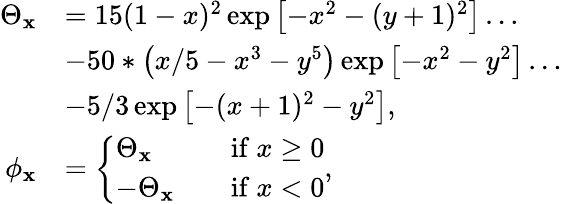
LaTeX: \begin{array}{rl}{\Theta_{\mathbf{x}}}&{=15(1-x)^{2}\exp\left[-x^{2}-(y+1)^{2}\right]\ldots}\\ &{-50*\left(x/5-x^{3}-y^{5}\right)\exp\left[-x^{2}-y^{2}\right]\ldots}\\ &{-5/3\exp\left[-(x+1)^{2}-y^{2}\right],}\\ {\phi_{\mathbf{x}}}&{=\left\{ \begin{array}{ll}{\Theta_{\mathbf{x}}}&{\quad\mathrm{if~}x\geq 0}\\ {-\Theta_{\mathbf{x}}}&{\quad\mathrm{if~}x<0}\end{array}\right.,}\end{array}